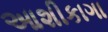
આશીકાગા